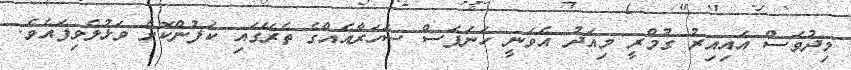
މިދުވަސް އައިއިރު ގުމްރީ މިއަދު އެވަނީ ހަނަފަސް ސަހަރާއެއްގެ ތެރޭގައި ކަފުންކޮށް ވަޅުލެވިފައެވެ.